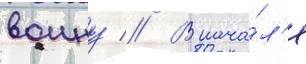
воину // В нача́л'е